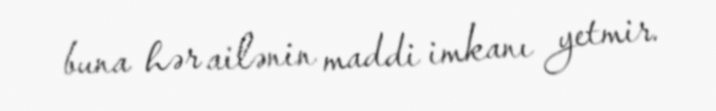
buna hər ailənin maddi imkanı yetmir.